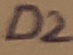
Text: D2